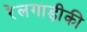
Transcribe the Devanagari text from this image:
रेलगाड़ीकी